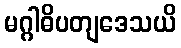
မဂ္ဂါဓိပတျဒေသယိ